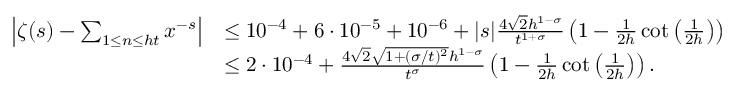
\begin{array} { r l } { \left| \zeta ( s ) - \sum _ { 1 \le n \le h t } x ^ { - s } \right| } & { \le 1 0 ^ { - 4 } + 6 \cdot 1 0 ^ { - 5 } + 1 0 ^ { - 6 } + | s | \frac { 4 \sqrt { 2 } h ^ { 1 - \sigma } } { t ^ { 1 + \sigma } } \left( 1 - \frac { 1 } { 2 h } \cot \left( \frac { 1 } { 2 h } \right) \right) } \\ & { \le 2 \cdot 1 0 ^ { - 4 } + \frac { 4 \sqrt { 2 } \sqrt { 1 + ( \sigma / t ) ^ { 2 } } h ^ { 1 - \sigma } } { t ^ { \sigma } } \left( 1 - \frac { 1 } { 2 h } \cot \left( \frac { 1 } { 2 h } \right) \right) . } \end{array}